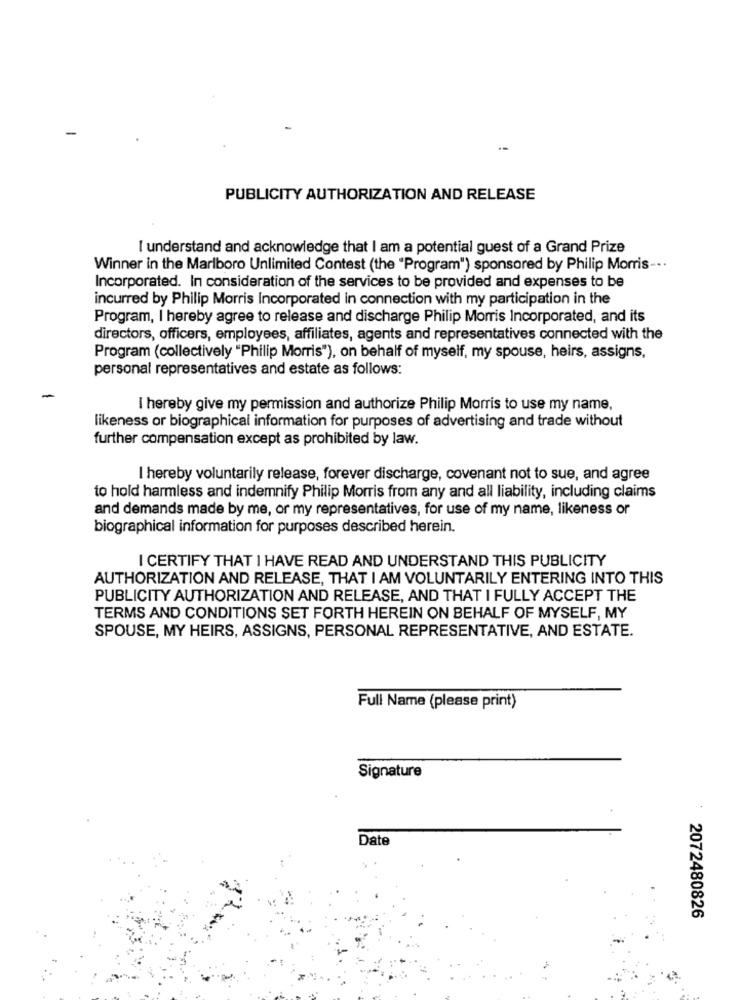
PUBLICITY AUTHORIZATION AND RELEASE
I understand and acknowledge that I am a potential guest of a Grand Prize
Winner in the Marlboro Unlimited Contest (the "Program") sponsored by Philip Morris -..
Incorporated. In consideration of the services to be provided and expenses to be
incurred by Philip Morris Incorporated in connection with my participation in the
Program, I hereby agree to release and discharge Philip Morris Incorporated, and its
directors, officers, employees, affiliates, agents and representatives connected with the
Program (collectively "Philip Morris"), on behalf of myself, my spouse, heirs, assigns,
personal representatives and estate as follows:
I hereby give my permission and authorize Philip Morris to use my name,
likeness or biographical information for purposes of advertising and trade without
further compensation except as prohibited by law.
I hereby voluntarily release, forever discharge, covenant not to sue, and agree
to hold harmless and indemnify Philip Morris from any and all liability, including claims
and demands made by me, or my representatives, for use of my name, likeness or
biographical information for purposes described herein.
I CERTIFY THAT I HAVE READ AND UNDERSTAND THIS PUBLICITY
AUTHORIZATION AND RELEASE, THAT I AM VOLUNTARILY ENTERING INTO THIS
PUBLICITY AUTHORIZATION AND RELEASE, AND THAT I FULLY ACCEPT THE
TERMS AND CONDITIONS SET FORTH HEREIN ON BEHALF OF MYSELF, MY
SPOUSE, MY HEIRS, ASSIGNS, PERSONAL REPRESENTATIVE, AND ESTATE.
Full Name (please print)
Signature
Date
2072480826